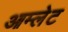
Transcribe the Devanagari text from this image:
आम्‍लेट